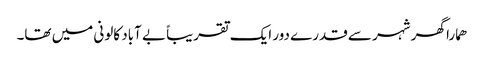
ھمارا گھر شہر سے قدرے دور ایک تقریباً بے آباد کالونی میں تھا۔